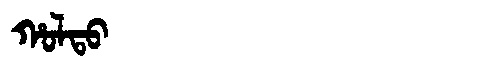
Manchu: ᡥᠣᠯᡨᠣ
Romanization: HOLTO